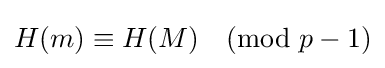
H(m)\equiv H(M){\pmod {p-1}}